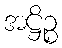
အဋ္ဌိဉ္စ